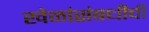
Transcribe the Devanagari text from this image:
खेळांसंबधीची